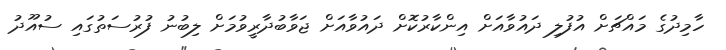
ހާމިދުގެ މައްޗަށް އުފުލި ދައުވާއަށް އިންކާރުކޮށް ދައުވާއަށް ޖަވާބުދާރީވުމަށް ލިބުނު ފުރުސަތުގައި ސުއޫދު